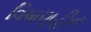
વિષાણહીન